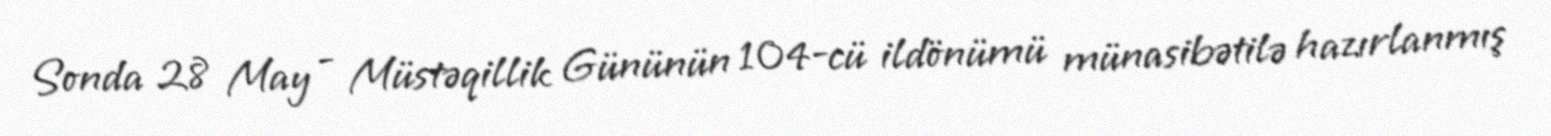
Sonda 28 May - Müstəqillik Gününün 104-cü ildönümü münasibətilə hazırlanmış